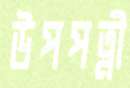
উপপত্নী